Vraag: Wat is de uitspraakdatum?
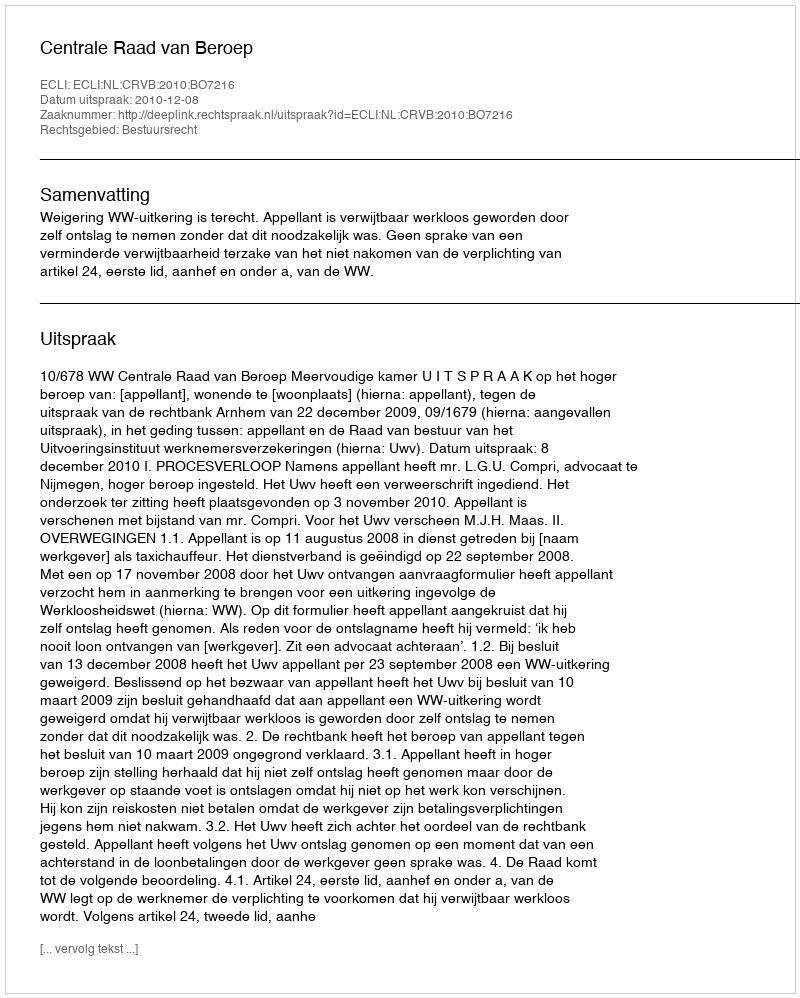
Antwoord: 2010-12-08